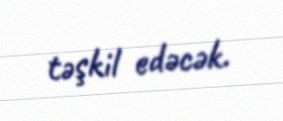
təşkil edəcək.